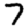
Digit: 7